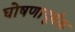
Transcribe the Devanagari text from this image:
घोषणापूर्वक